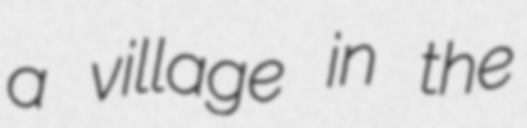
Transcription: a village in the